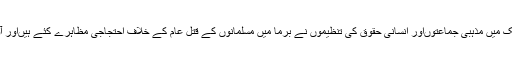
ویسے بعض ممالک میں مذہبی جماعتوںاور انسانی حقوق کی تنظیموں نے برما میں مسلمانوں کے قتل عام کے خلاف احتجاجی مظاہرے کئے ہیںاور آوازیں بھی اٹھائیں۔